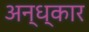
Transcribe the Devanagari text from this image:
अन्ध्कार